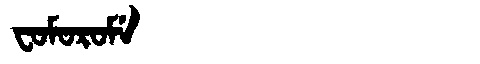
Manchu: ᠸᠣᠮᠣᡵᠣᠮᡝ
Romanization: FOMOROME